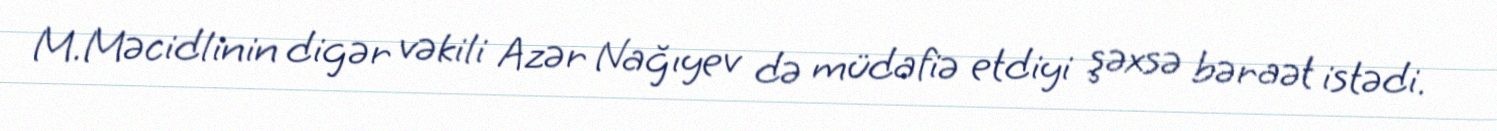
M.Məcidlinin digər vəkili Azər Nağıyev də müdafiə etdiyi şəxsə bəraət istədi.